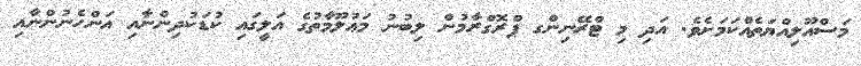
މަސްއޫލިއްޔަތެއްކަމަށެވެ. އަދި މި ޓްރޭނިންގ ޕްރޮގްރާމުން ލިބުނު މަޢުލޫމާތުގެ އަލީގައި ކުޑަކުދިންނާއި އަންހެނުންނާއި